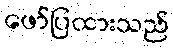
ဖော်ပြထားသည်